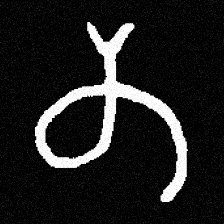
Pyu character \u2014 Myanmar letter: တ (romanized: ta)